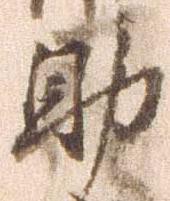
助